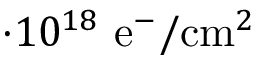
\cdot 1 0 ^ { 1 8 } ~ \mathrm { e } ^ { - } / \mathrm { c m } ^ { 2 }